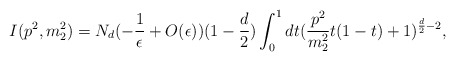
\begin{align*}I(p^{2},m_{2}^{2})=N_{d}(-\frac{1}{\epsilon}+O(\epsilon))(1-\frac{d}{2})\int^{1}_{0}dt(\frac{p^{2}}{m^{2}_{2}}t(1-t)+1)^{\frac{d}{2}-2},\end{align*}